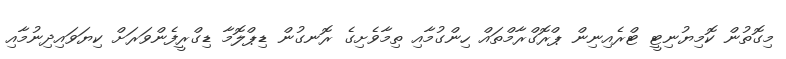
މިގޮތުން ކޮމިޔުނިޓީ ޓްރެއިނިން ޕްރޮގްރާމްތައް ހިންގުމާއި ތިމާވެށިގެ ރޮނގުން ޑިޕްލޮމާ ޑިގްރީފެންވަރަށް ކިޔަވައިދިނުމާއި